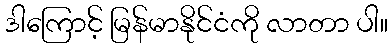
ဒါကြောင့် မြန်မာနိုင်ငံကို လာတာ ပါ။